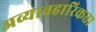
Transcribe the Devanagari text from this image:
अव्यावहारिकता